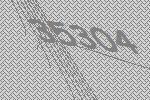
35304